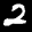
Label: 2